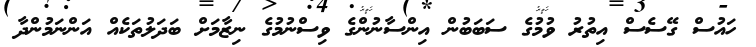
ހައުސް ގޭސެސް އިތުރު ވުމުގެ ސަބަބުން އިންސާނުންގެ ވިސްނުމުގެ ނިޒާމަށް ބަދަލުތަކެއް އަންނަމުންދާ